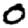
Digit: 0